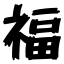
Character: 福